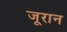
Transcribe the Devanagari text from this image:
जूरान